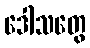
ဒေါသတွေ